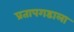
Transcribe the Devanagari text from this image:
प्रतापगडाला